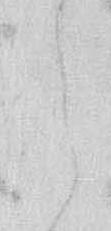
ら